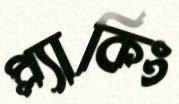
প্ল্যাকিং